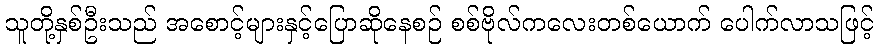
သူတို့နှစ်ဦးသည် အစောင့်များနှင့်ပြောဆိုနေစဉ် စစ်ဗိုလ်ကလေးတစ်ယောက် ပေါက်လာသဖြင့်